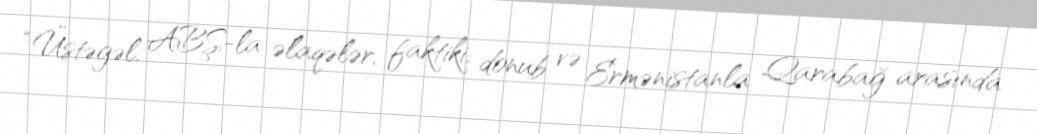
“Üstəgəl, ABŞ-la əlaqələr, faktiki, donub və Ermənistanla Qarabağ arasında